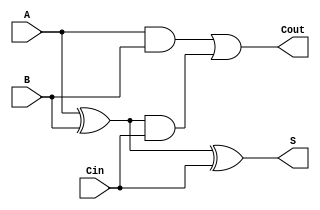
module ripple_carry_adder_1_bit(
			A, 
			B, 
			Cin, 
			S, 
			Cout);

    input A, B, Cin;
    wire A_B_XOR, A_B_AND, A_B_XOR_Cin_AND;
    output S, Cout;

    assign A_B_XOR = A ^ B;
    assign A_B_AND = A & B;
    assign A_B_XOR_Cin_AND = A_B_XOR & Cin;
    assign S = A_B_XOR ^ Cin;
    assign Cout = A_B_AND | A_B_XOR_Cin_AND;
endmodule